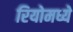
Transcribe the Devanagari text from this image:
रियोमध्ये